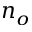
n _ { o }